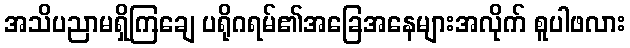
အသိပညာမရှိကြချေ ပရိုဂရမ်၏အခြေအနေများအလိုက် စူပါဖလား